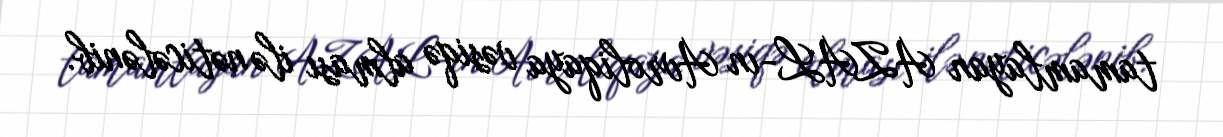
tamamlayan AZAL-ın Avroliqaya vəsiqə alması ilə nəticələnib.